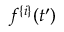
f ^ { \{ i \} } ( t ^ { \prime } )